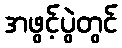
အဖွင့်ပွဲတွင်